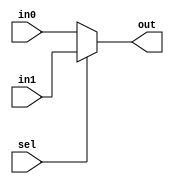
`timescale 1ns / 1ps
module muxshow(in0,in1,sel,out);
	input[15:0] in0;
	input[15:0] in1;
	input sel;
	output[15:0] out;
	assign out=(sel)?in1:in0;
endmodule